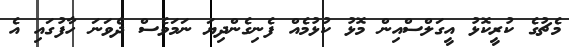
މެޗުގެ ކުރީކޮޅު އީގަލްސްއިން މޮޅު ކުޅުމެއް ފެނިގެންދިޔަ ނަމަވެސް ދެވަނަ ހާފުގައި އެ